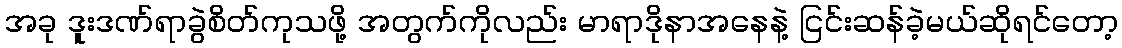
အခု ဒူးဒဏ်ရာခွဲစိတ်ကုသဖို့ အတွက်ကိုလည်း မာရာဒိုနာအနေနဲ့ ငြင်းဆန်ခဲ့မယ်ဆိုရင်တော့